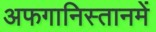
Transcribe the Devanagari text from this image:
अफगानिस्तानमें